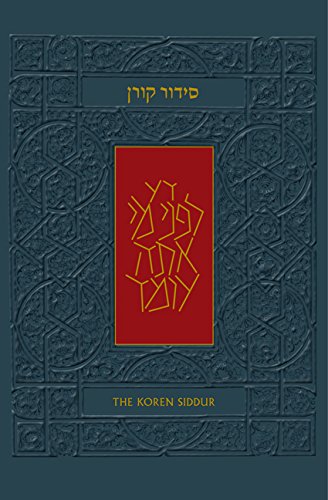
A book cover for The Koren Sacks Siddur: Hebrew/English Translation and Commentary, Compact Ashkenaz (Hebrew Edition); Jonathan Sacks; Religion & Spirituality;